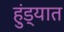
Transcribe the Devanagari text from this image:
हुंड्यात